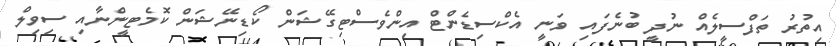
އިތުރު ތަފްސީލެއް ނުދީ ބުނެފައި ވަނީ އެކްސިޑެންޓް އިންވެސްޓިގޭޝަން ކޯޑިނޭޝަން ކޮމެޓީންނާއި ސިވިލް